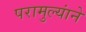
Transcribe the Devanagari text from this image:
परामुल्यांने